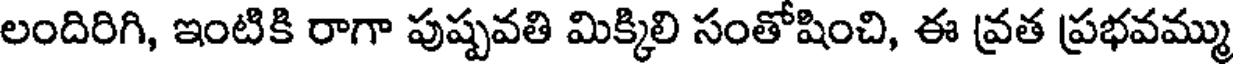
లందిరిగి, ఇంటికి రాగా పుష్పవతి మిక్కిలి సంతోషించి, ఈ వ్రత ప్రభవమ్ము